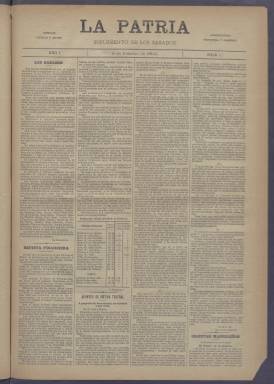
Título: La Patria (Madrid. 1889). Suplemento de los sábados
Colección: Periódicos
Ámbito geográfico: Madrid
Lugar de publicación: Madrid
Fechas: 08/02/1890-15/03/1890